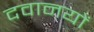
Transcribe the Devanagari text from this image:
दवानयों